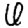
Digit: 6